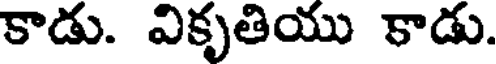
కాడు. వికృతియు కాడు.